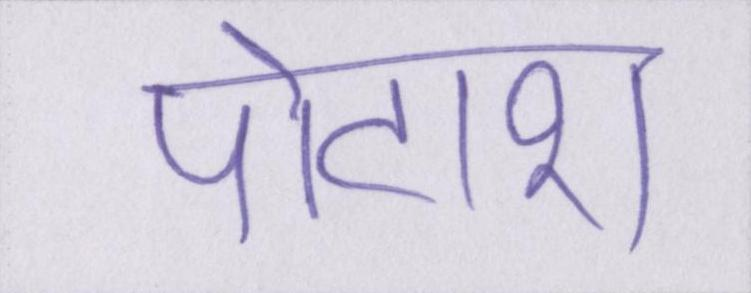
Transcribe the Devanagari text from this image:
पोटाश